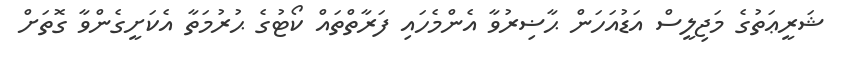
ޝަރީޢަތުގެ މަޖިލީސް އަޑުއަހަން ޙާޟިރުވާ އެންމެހައި ފަރާތްތައް ކޯޓުގެ ޙުރުމަތާ އެކަށީގެންވާ ގޮތަށް